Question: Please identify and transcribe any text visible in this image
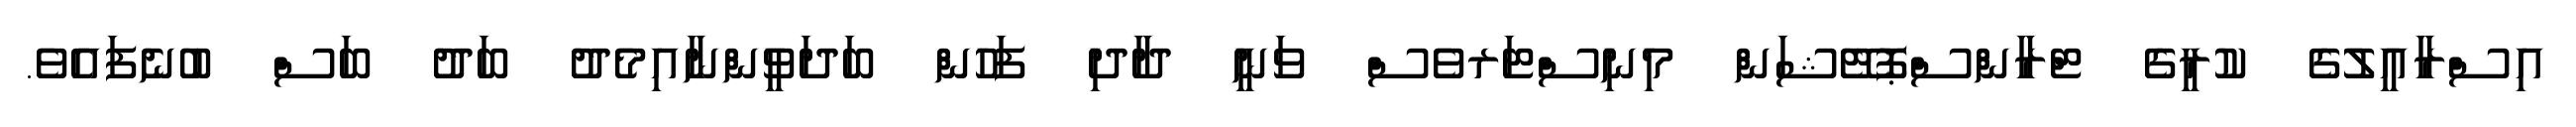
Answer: އިސްރާއީލުގެ ކުރީގެ ޓްރާންސްޕޮޓޭޝަން މިނިސްޓަރވެސް ވަނީ ދާދި ފަހުން ބަދަވީންނާއިމެދު ބަދު ބަސް ބުނެފައެވެ.